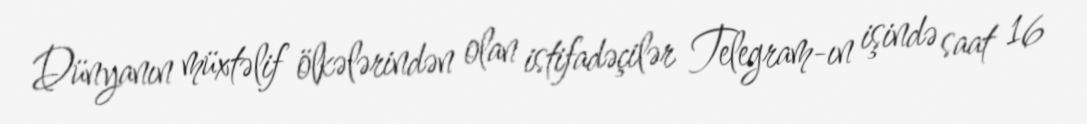
Dünyanın müxtəlif ölkələrindən olan istifadəçilər Telegram-ın işində saat 16